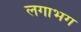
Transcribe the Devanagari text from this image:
लगाभग